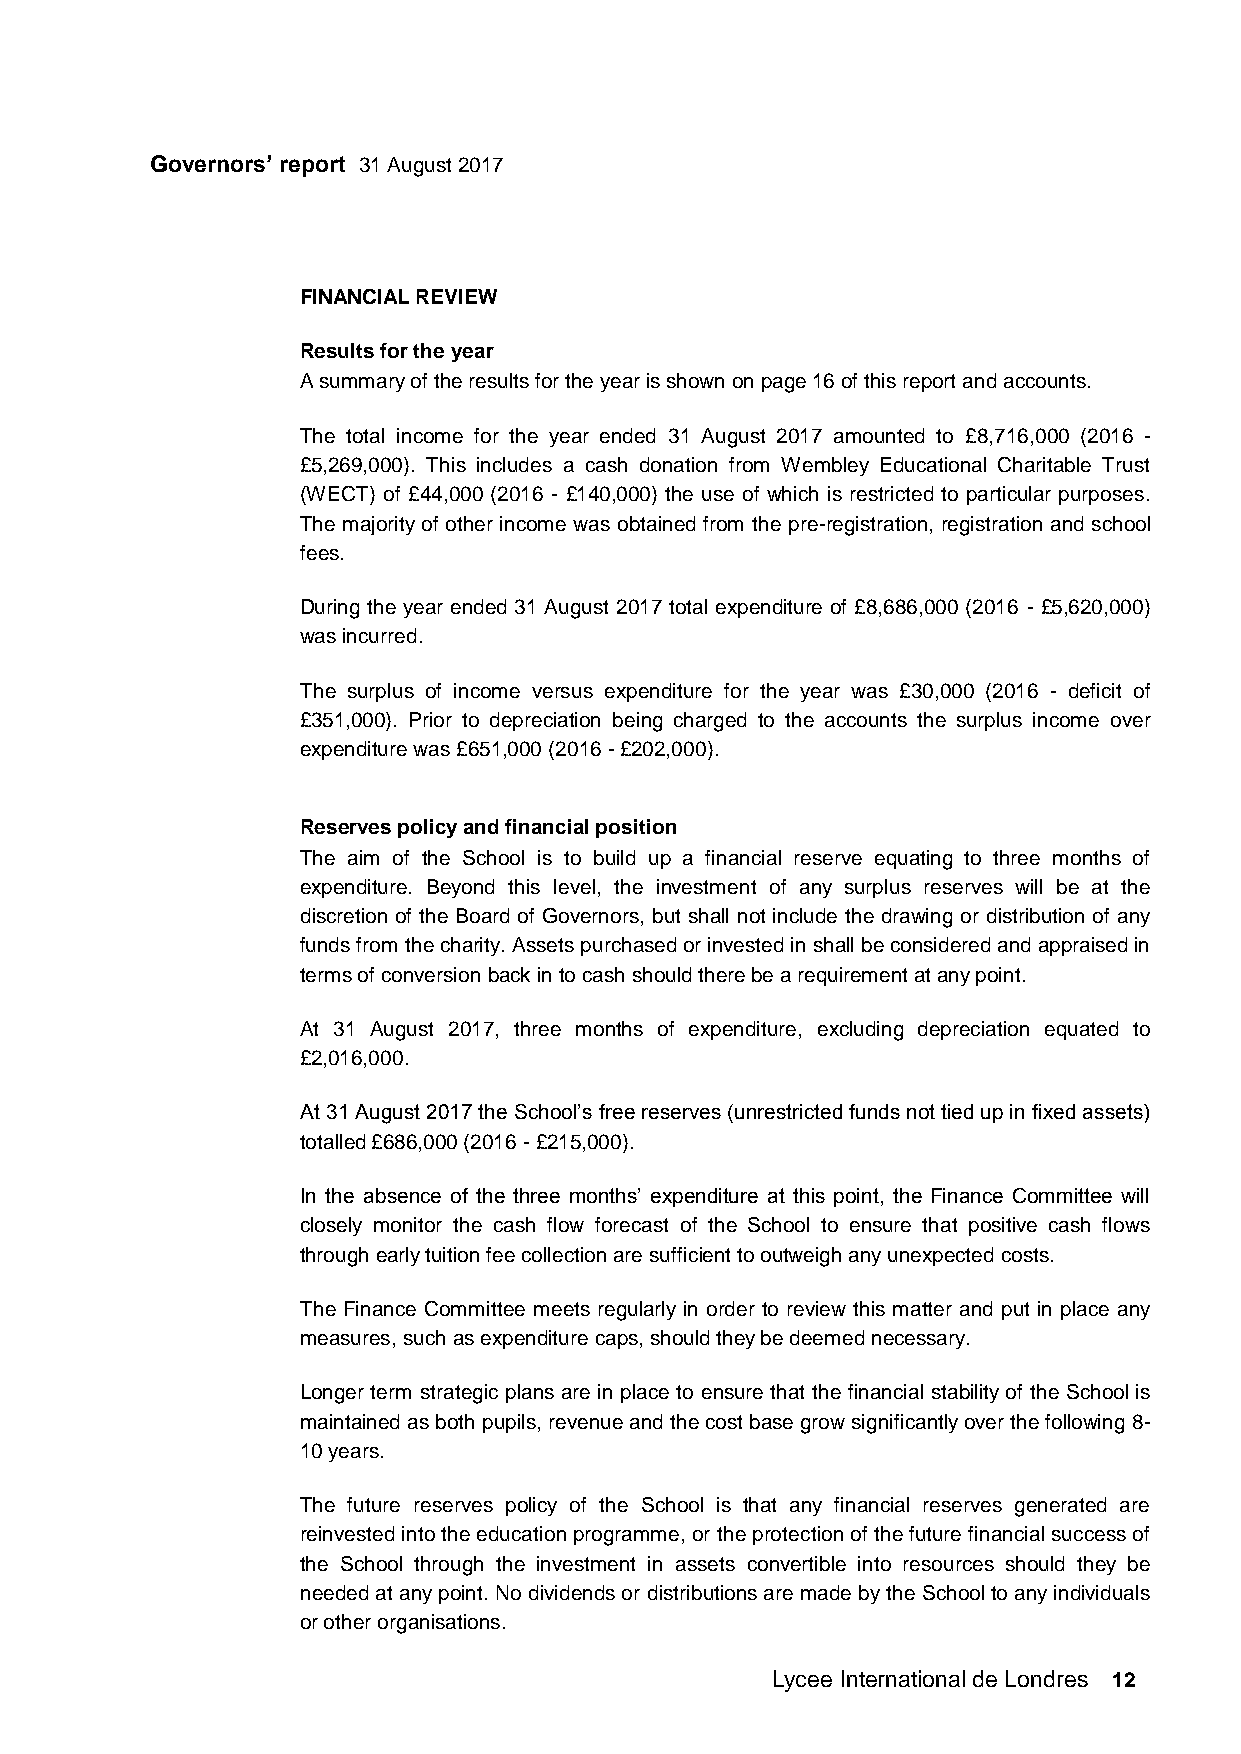
Governors’ report 31 August 2017
 FINANCIAL REVIEW
 Results for the year
 A summary of the results for the year is shown on page 16 of this report and accounts.
 The total income for the year ended 31 August 2017 amounted to £8,716,000 (2016 -
 £5,269,000). This includes a cash donation from Wembley Educational Charitable Trust
 (WECT) of £44,000 (2016 - £140,000) the use of which is restricted to particular purposes.
 The majority of other income was obtained from the pre-registration, registration and school
 fees.
 During the year ended 31 August 2017 total expenditure of £8,686,000 (2016 - £5,620,000)
 was incurred.
 The surplus of income versus expenditure for the year was £30,000 (2016 - deficit of
 £351,000). Prior to depreciation being charged to the accounts the surplus income over
 expenditure was £651,000 (2016 - £202,000).
 Reserves policy and financial position
 The aim of the School is to build up a financial reserve equating to three months of
 expenditure. Beyond this level, the investment of any surplus reserves will be at the
 discretion of the Board of Governors, but shall not include the drawing or distribution of any
 funds from the charity. Assets purchased or invested in shall be considered and appraised in
 terms of conversion back in to cash should there be a requirement at any point.
 At 31 August 2017, three months of expenditure, excluding depreciation equated to
 £2,016,000.
 At 31 August 2017 the School’s free reserves (unrestricted funds not tied up in fixed assets)
 totalled £686,000 (2016 - £215,000).
 In the absence of the three months’ expenditure at this point, the Finance Committee will
 closely monitor the cash flow forecast of the School to ensure that positive cash flows
 through early tuition fee collection are sufficient to outweigh any unexpected costs.
 The Finance Committee meets regularly in order to review this matter and put in place any
 measures, such as expenditure caps, should they be deemed necessary.
 Longer term strategic plans are in place to ensure that the financial stability of the School is
 maintained as both pupils, revenue and the cost base grow significantly over the following 8-
 10 years.
 The future reserves policy of the School is that any financial reserves generated are
 reinvested into the education programme, or the protection of the future financial success of
 the School through the investment in assets convertible into resources should they be
 needed at any point. No dividends or distributions are made by the School to any individuals
 or other organisations.
 Lycee International de Londres 12